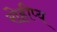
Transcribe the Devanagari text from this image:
रोहीप्य